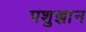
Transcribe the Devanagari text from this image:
पशुज्ञान